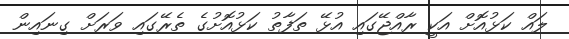
ލައް ކަޅުއޮށް އަކީ ރާއްޖޭގައި އުޅޭ ތަފާތު ކަޅުއޮށުގެ ތެރޭގައި ވަރަށް ގިނައިން